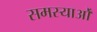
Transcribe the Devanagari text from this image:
समस्याओँ